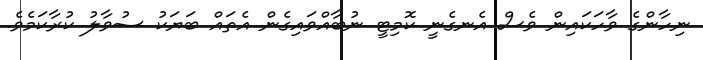
ނިހާންގެ ވާހަކައިން ވެސް އެނގެނީ ކޮމިޓީ ނުބާއްވައިގެން އެތައް ބަޔަކު ސުވާލު ކުރާކަމެވެ.